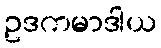
ဥဒကမာဒါယ